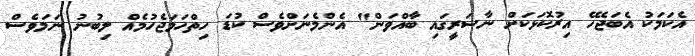
އެކަމަކު އެބަޖެހޭ އިރުކޮޅަކަށް ނާސަރީގައި ބާއްވަން" އެންމެނަށްވެސް ކުޑަ ހިތްހަމަޖެހުމެއް ލިބުނު ނަމަވެސް